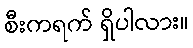
စီးကရက် ရှိပါလား။